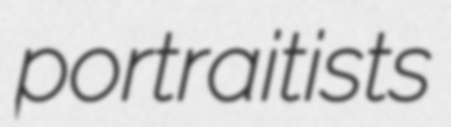
portraitists